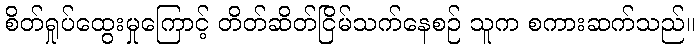
စိတ်ရှုပ်ထွေးမှုကြောင့် တိတ်ဆိတ်ငြိမ်သက်နေစဉ် သူက စကားဆက်သည်။